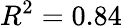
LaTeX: R^{2}=0.84